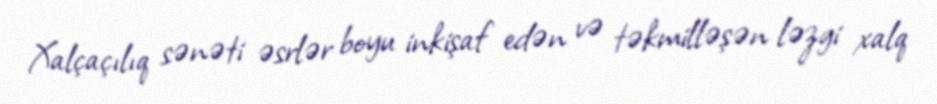
Xalçaçılıq sənəti əsrlər boyu inkişaf edən və təkmilləşən ləzgi xalq